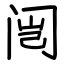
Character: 闿